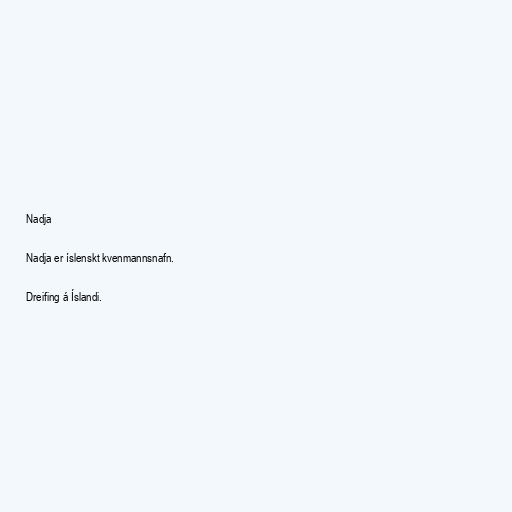
Nadja

Nadja er íslenskt kvenmannsnafn.

Dreifing á Íslandi.